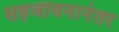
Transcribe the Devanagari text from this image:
सहजीवनानंतर